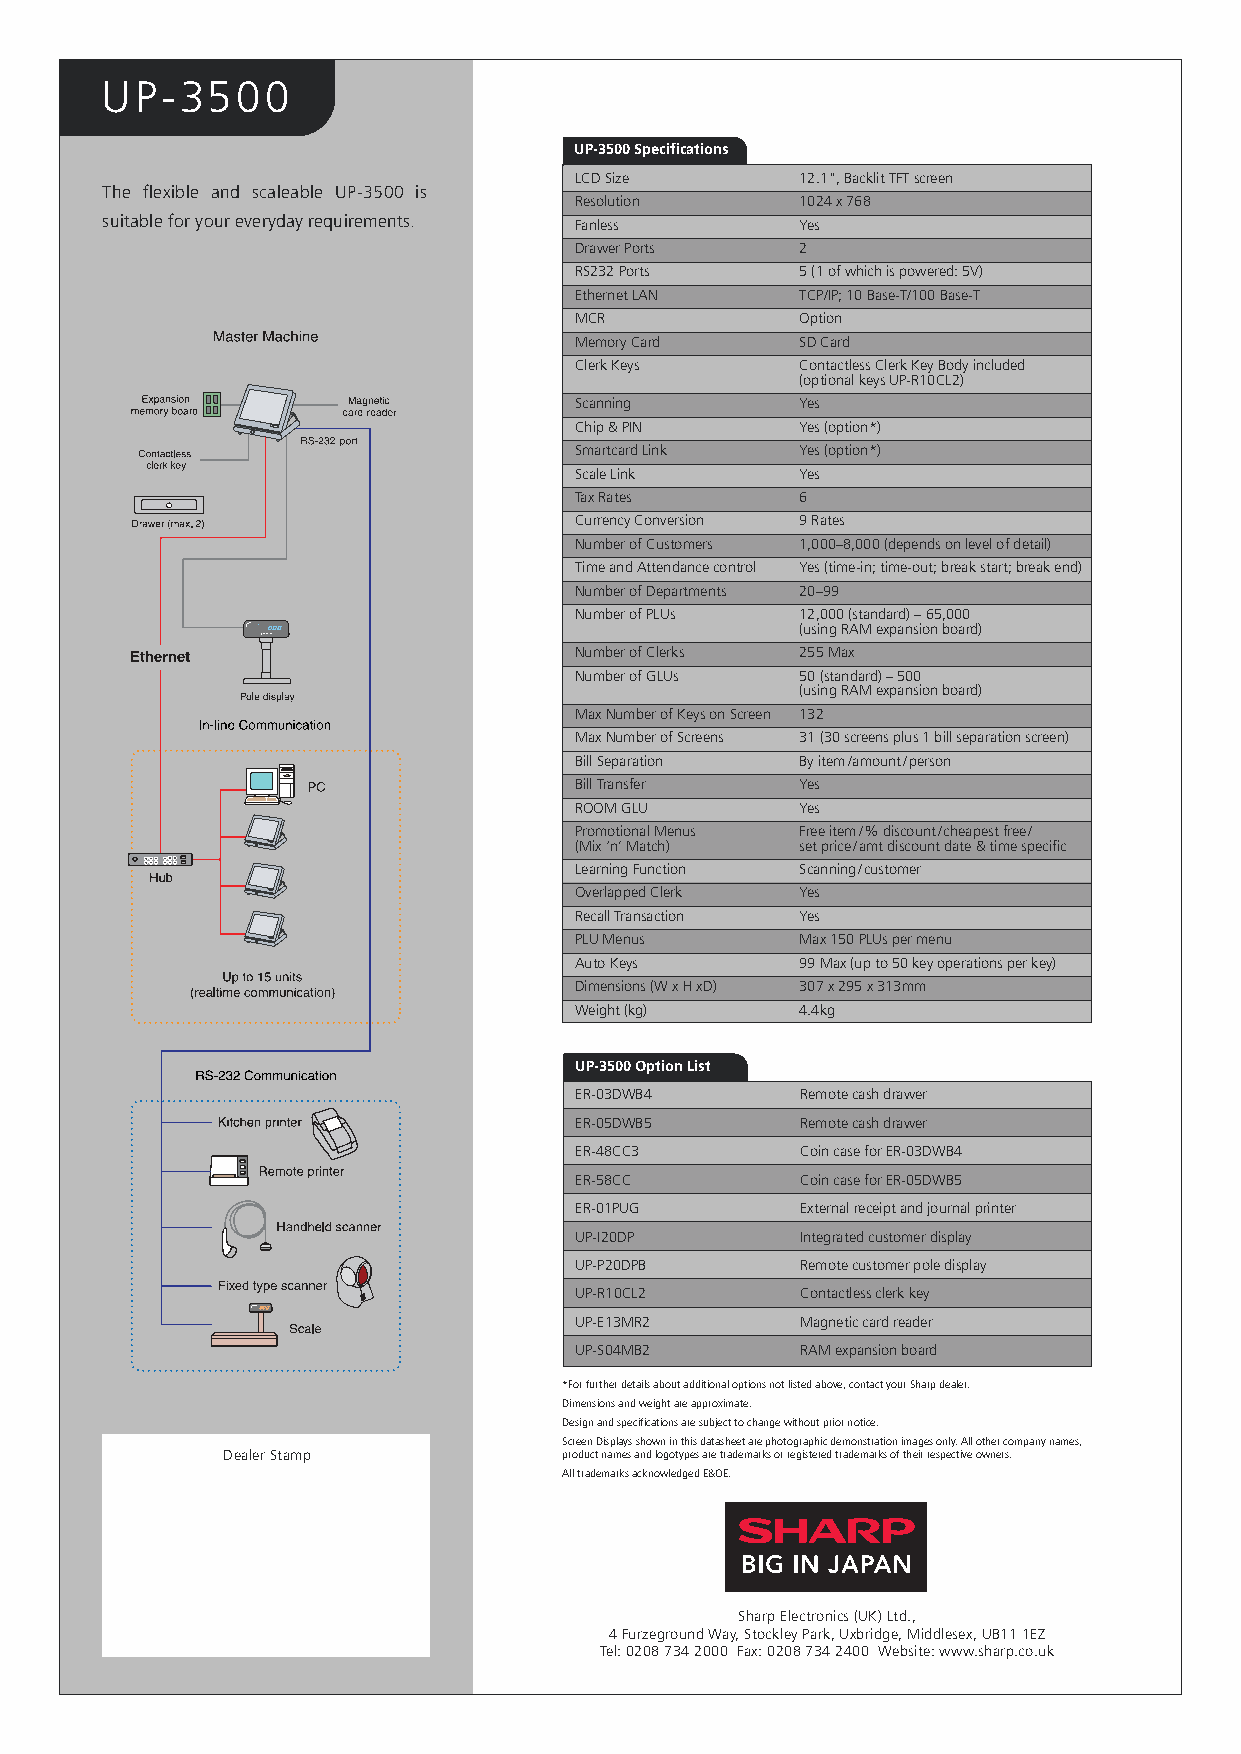
UP-3500
 UP-3500Specifications
 LCDSize        12.1",BacklitTFTscreen
 The flexible and scaleable UP-3500 is
 Resolution     1024x768
 suitableforyoureverydayrequirements. Fanless  Yes
 DrawerPorts    2
 RS232Ports     5(1ofwhichispowered:5V)
 EthernetLAN    TCP/IP;10Base-T/100Base-T
 MCR            Option
 MemoryCard     SDCard
 ClerkKeys      ContactlessClerkKeyBodyincluded
 (optionalkeysUP-R10CL2)
 Scanning       Yes
 Chip&PIN       Yes(option*)
 SmartcardLink  Yes(option*)
 ScaleLink      Yes
 TaxRates       6
 CurrencyConversion 9Rates
 NumberofCustomers 1,000–8,000(dependsonlevelofdetail)
 TimeandAttendancecontrol Yes(time-in;time-out;breakstart;breakend)
 NumberofDepartments 20–99
 NumberofPLUs   12,000(standard)–65,000
 (usingRAMexpansionboard)
 NumberofClerks 255Max
 NumberofGLUs   50(standard)–500
 (usingRAMexpansionboard)
 MaxNumberofKeysonScreen 132
 MaxNumberofScreens 31(30screensplus1billseparationscreen)
 BillSeparation Byitem/amount/person
 BillTransfer   Yes
 ROOMGLU        Yes
 PromotionalMenus Freeitem/%discount/cheapestfree/
 (Mix‘n’Match)  setprice/amtdiscountdate&timespecific
 LearningFunction Scanning/customer
 OverlappedClerk Yes
 RecallTransaction Yes
 PLUMenus       Max150PLUspermenu
 AutoKeys       99Max(upto50keyoperationsperkey)
 Dimensions(WxHxD) 307x295x313mm
 Weight(kg)     4.4kg
 UP-3500OptionList
 ER-03DWB4      Remotecashdrawer
 ER-05DWB5      Remotecashdrawer
 ER-48CC3       CoincaseforER-03DWB4
 ER-58CC        CoincaseforER-05DWB5
 ER-01PUG       Externalreceiptandjournalprinter
 UP-I20DP       Integratedcustomerdisplay
 UP-P20DPB      Remotecustomerpoledisplay
 UP-R10CL2      Contactlessclerkkey
 UP-E13MR2      Magneticcardreader
 UP-S04MB2      RAMexpansionboard
 *Forfurtherdetailsaboutadditionaloptionsnotlistedabove,contactyourSharpdealer.
 Dimensionsandweightareapproximate.
 Designandspecificationsaresubjecttochangewithoutpriornotice.
 ScreenDisplaysshowninthisdatasheetarephotographicdemonstrationimagesonly.Allothercompanynames,
 DealerStamp           productnamesandlogotypesaretrademarksorregisteredtrademarksoftheirrespectiveowners.
 AlltrademarksacknowledgedE&OE.
 SharpElectronics(UK)Ltd.,
 4FurzegroundWay,StockleyPark,Uxbridge,Middlesex,UB111EZ
 Tel:02087342000 Fax:02087342400 Website:www.sharp.co.uk